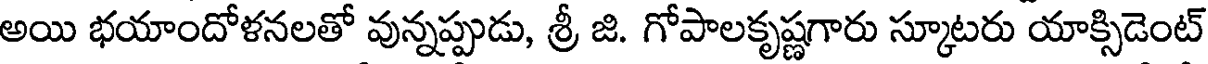
అయి భయాందోళనలతో వున్నప్పుడు, శ్రీ జి. గోపాలకృష్ణగారు స్కూటరు యాక్సిడెంట్